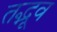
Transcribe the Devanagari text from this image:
तद्भूव